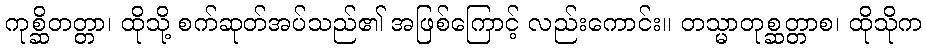
ကုစ္ဆိတတ္တာ၊ ထိုသို့ စက်ဆုတ်အပ်သည်၏ အဖြစ်ကြောင့် လည်းကောင်း။ တသ္မာတုစ္ဆတ္တာစ၊ ထိုသိုက